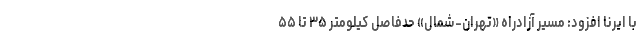
با ایرنا افزود: مسیر آزادراه «تهران-شمال» حدفاصل کیلومتر ۳۵ تا ۵۵